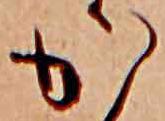
か